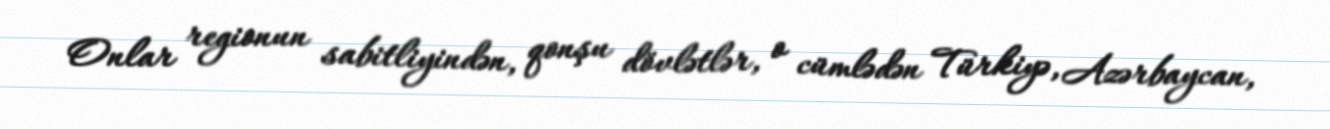
Onlar regionun sabitliyindən, qonşu dövlətlər, o cümlədən Türkiyə, Azərbaycan,